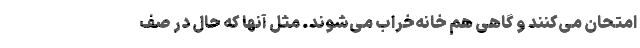
امتحان می‌کنند و گاهی هم خانه‌خراب می‌شوند. مثل آنها که حال در صف